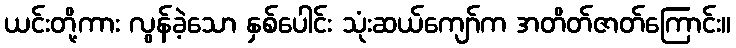
ယင်းတို့ကား လွန်ခဲ့သော နှစ်ပေါင်း သုံးဆယ်ကျော်က အတိတ်ဇာတ်ကြောင်း။